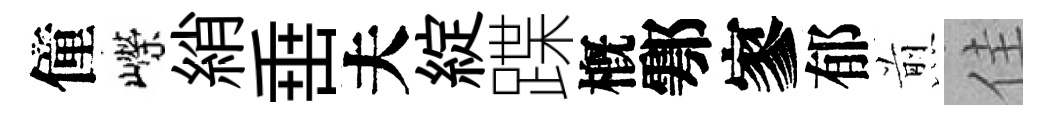
僮嶸綃𡸁夫綻蹀槪鄠寥郁煎佳